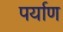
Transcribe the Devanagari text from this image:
पर्याण